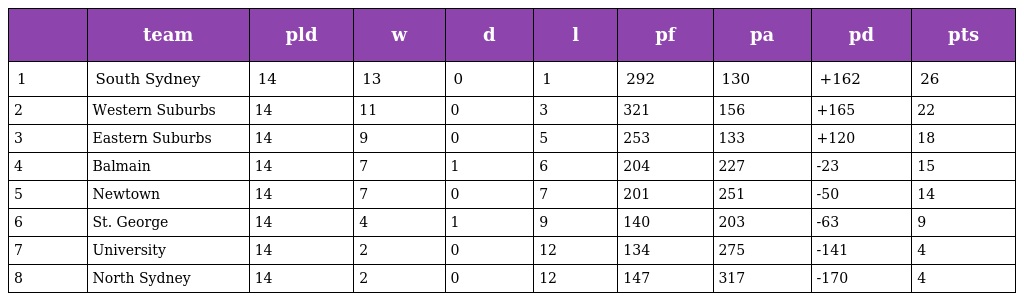
|  | team | pld | w | d | l | pf | pa | pd | pts |
 | --- | --- | --- | --- | --- | --- | --- | --- | --- | --- |
 | 1 | South Sydney | 14 | 13 | 0 | 1 | 292 | 130 | +162 | 26 |
 | 2 | Western Suburbs | 14 | 11 | 0 | 3 | 321 | 156 | +165 | 22 |
 | 3 | Eastern Suburbs | 14 | 9 | 0 | 5 | 253 | 133 | +120 | 18 |
 | 4 | Balmain | 14 | 7 | 1 | 6 | 204 | 227 | -23 | 15 |
 | 5 | Newtown | 14 | 7 | 0 | 7 | 201 | 251 | -50 | 14 |
 | 6 | St. George | 14 | 4 | 1 | 9 | 140 | 203 | -63 | 9 |
 | 7 | University | 14 | 2 | 0 | 12 | 134 | 275 | -141 | 4 |
 | 8 | North Sydney | 14 | 2 | 0 | 12 | 147 | 317 | -170 | 4 |